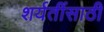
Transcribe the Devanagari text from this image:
शर्यतींसाठी